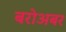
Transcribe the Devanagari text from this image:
बरोअबर